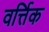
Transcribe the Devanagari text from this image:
वर्त्तिक